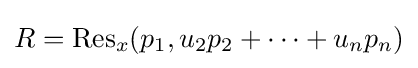
R=\operatorname {Res} _{x}(p_{1},u_{2}p_{2}+\cdots +u_{n}p_{n})